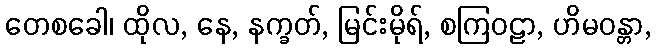
တေစခေါ၊ ထိုလ, နေ, နက္ခတ်, မြင်းမိုရ်, စကြဝဠာ, ဟိမဝန္တာ,